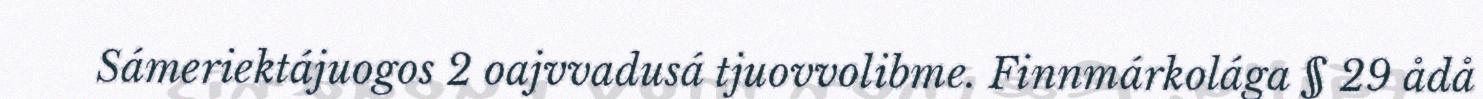
Sámeriektájuogos 2 oajvvadusá tjuovvolibme. Finnmárkolága § 29 ådå